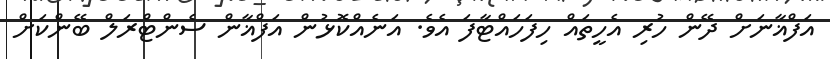
އަފްޣާނަށް ދޭން ހުރި އެހީތައް ހިފަހައްޓާފަ އެވެ. އަނެއްކޮޅުން އަފްޣާން ސެންޓްރަލް ބޭންކަށް